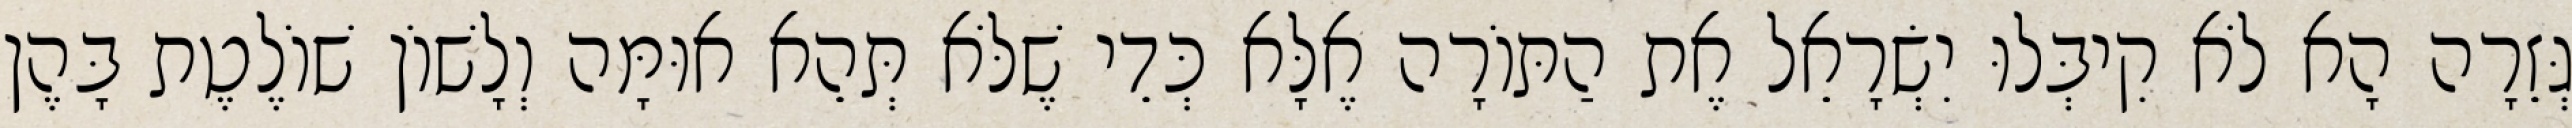
גְּזֵרָה הָא לֹא קִיבְּלוּ יִשְׂרָאֵל אֶת הַתּוֹרָה אֶלָּא כְּדֵי שֶׁלֹּא תְּהֵא אוּמָּה וְלָשׁוֹן שׁוֹלֶטֶת בָּהֶן